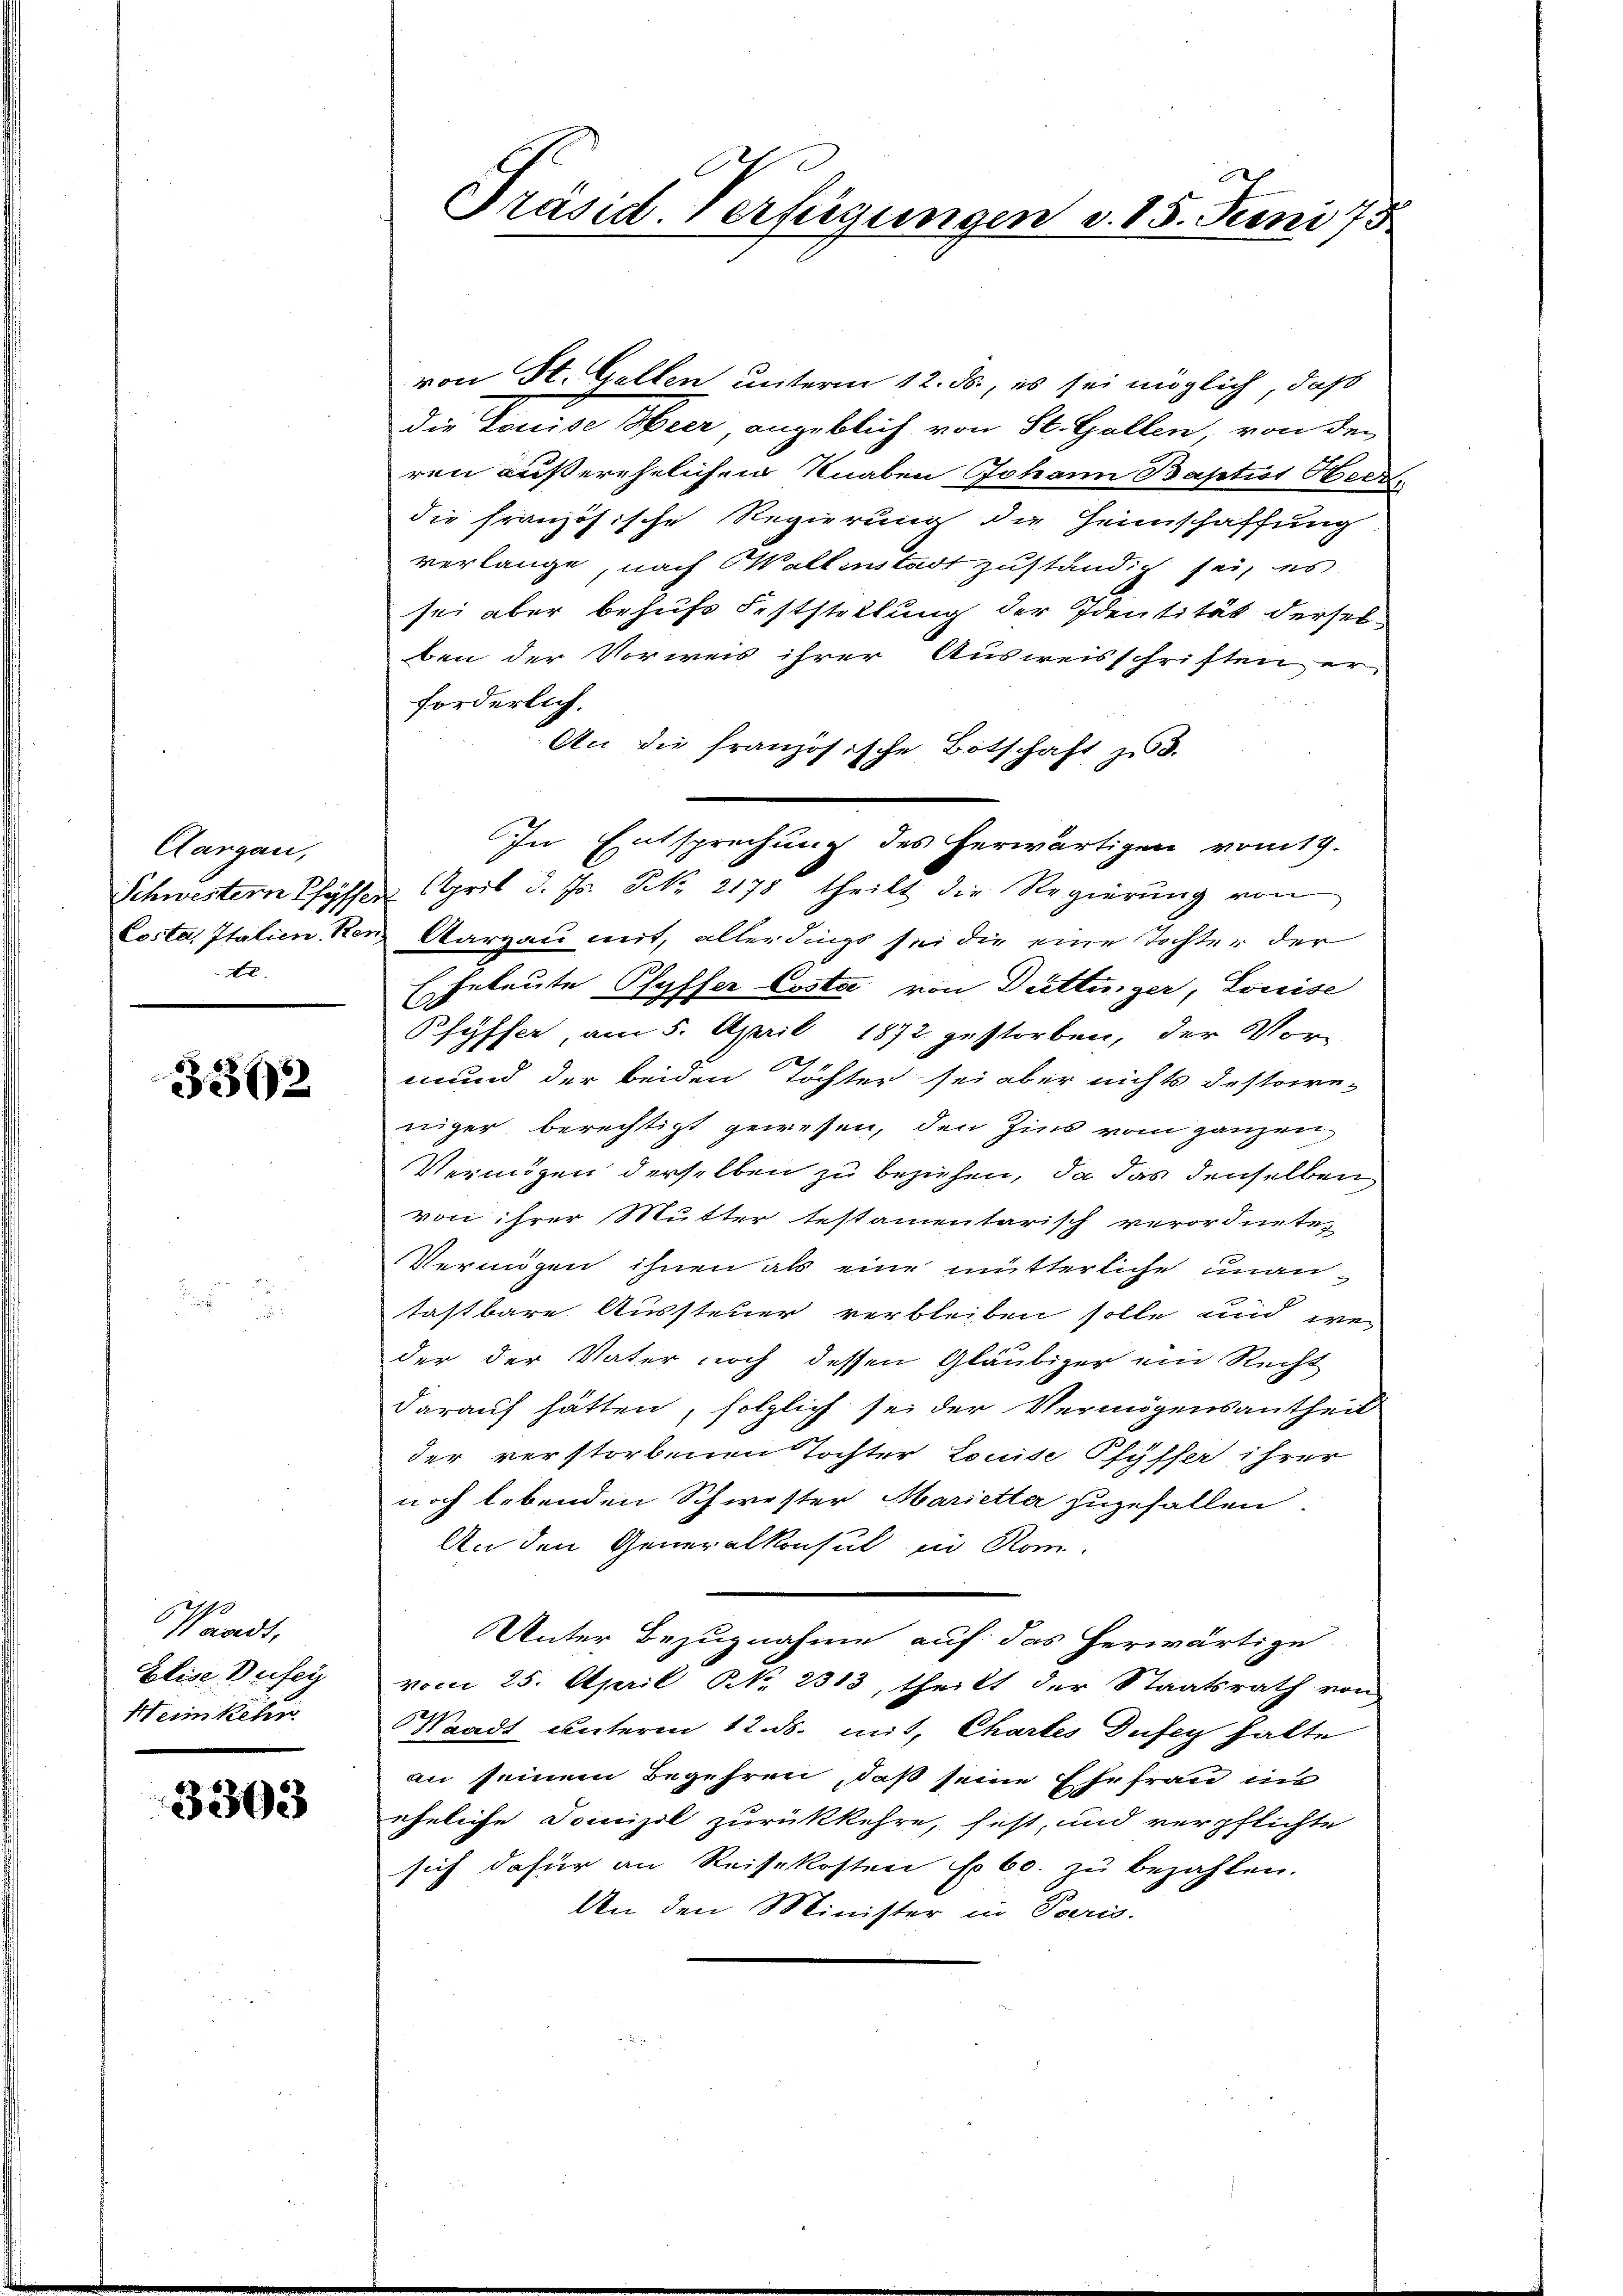
Aargau,
te.

3362

Waadt,
Elise Befey
Heimkehr

3303

Präsid. Verfügungen d. 15. Juni 175

von St. Gallen unterm 12. ds, es sei möglich, daß
die Louise Heer angeblich von St. Gallen, von den
ren außerehelichen Knaben Johann Baptist Oberr
die französische Regierung die Heimschaffung
verlange, nach Waltenstadt zuständig sei, es
sei aber behufs Feststellung der Identität derselben der Vorweis ihrer Ausweisschriften er-
forderlich,
An die französische Botschaft zu 8.
Schwestern Pfyffen April d. Js. No 2178 theilt die Regierung von
Costa, Italien Ken Aargau mit, allerdings sei die eine Tochter der
Eeleute Pfyffer Costoc von Büttinger, Louise
E
Pfyffer, am 5. April 1872 gestorben, der Vor-
mund der beiden Töchter sei aber nichts destowe-
niger berechtigt gewesen, den Zins vom ganzen
Vermögen derselben zu beziehen, da das denselben
von ihrer Mutter testamentarisch verordneten
Vermögen ihnen als eine mutterliche unantastbare Aussteuer verbleiben solle und we
der der Vater noch dessen Gläubiger ein Recht
darauf hätten, folglich sei der Vermögensantheil
der verstorbenen Tochter Louise Pfyffer ihrer
noch lebenden Schwester Marietta zugefallen.
An den Generalkonsul in Rom.
Unter Bezugnahme auf das herwärtige
vom 25. April NNo. 2313, theilt der Staatsrath von
Waadt unterm 12. ds. mit, Chartes Dufey halte
an seinem Begehren, daß seine Ehefrau in
eheliche Domizil zurückkehre, fest, und verpflichte
sich dafür an Reisekosten f. 60. zu bezahlen.
An den Minister in Paris.

In Entsprechung des herwärtigen vom 19.